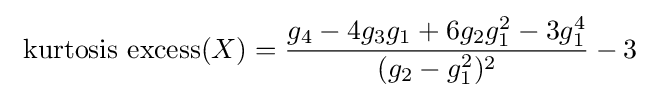
\ \operatorname {kurtosis\ excess} (X)={\frac {g_{4}-4g_{3}g_{1}+6g_{2}g_{1}^{2}-3g_{1}^{4}}{(g_{2}-g_{1}^{2})^{2}}}-3~